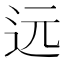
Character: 远